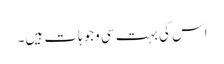
اس کی بہت سی وجوہات ہیں۔